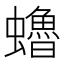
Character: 𧔎